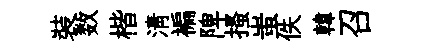
裝数楷清褊陴搔蚩佚韓召